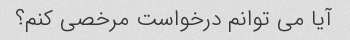
آیا می توانم درخواست مرخصی کنم؟